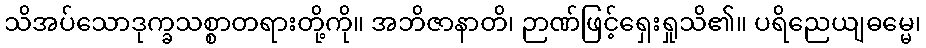
သိအပ်သောဒုက္ခသစ္စာတရားတို့ကို။ အဘိဇာနာတိ၊ ဉာဏ်ဖြင့်ရှေးရှုသိ၏။ ပရိညေယျဓမ္မေ၊